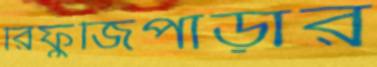
রিফুজিপাড়ার